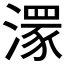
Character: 𣾞